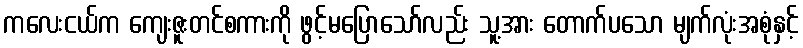
ကလေးငယ်က ကျေးဇူးတင်စကားကို ဖွင့်မပြောသော်လည်း သူ့အား တောက်ပသော မျက်လုံးအစုံနှင့်